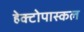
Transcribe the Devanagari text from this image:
हेक्टोपास्कल